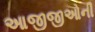
આજીજીઓની